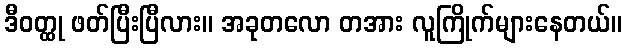
ဒီဝတ္ထု ဖတ်ပြီးပြီလား။ အခုတလော တအား လူကြိုက်များနေတယ်။